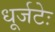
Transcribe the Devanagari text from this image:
धूर्जटेः